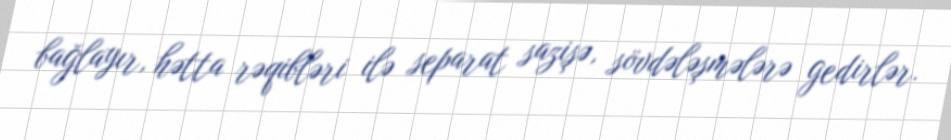
bağlayır, hətta rəqibləri ilə separat sazişə, sövdələşmələrə gedirlər.